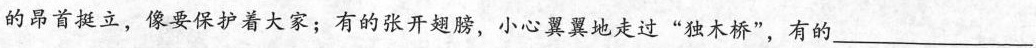
的昂首挺立，像要保护着大家；有的张开翅膀，小心翼翼地走过”独木桥”，有的___